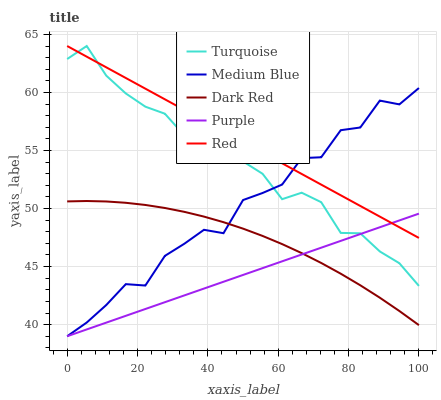
| xaxis_label | Turquoise | Medium Blue | Dark Red | Purple | Red |
 | --- | --- | --- | --- | --- | --- |
 | 0 | 62.9 | 39 | 50.6 | 39 | 64 |
 | 5.56 | 64 | 40.2 | 50.6 | 39.6 | 63.1 |
 | 11.1 | 61.4 | 41.7 | 50.6 | 40.2 | 62.2 |
 | 16.7 | 59.9 | 43.5 | 50.5 | 40.8 | 61.2 |
 | 22.2 | 58.8 | 43.4 | 50.3 | 41.3 | 60.3 |
 | 27.8 | 58.2 | 45.9 | 50 | 41.9 | 59.4 |
 | 33.3 | 56.3 | 47 | 49.7 | 42.5 | 58.5 |
 | 38.9 | 56.2 | 48.2 | 49.3 | 43.1 | 57.6 |
 | 44.4 | 55.1 | 47.9 | 48.8 | 43.7 | 56.7 |
 | 50 | 54.1 | 50.7 | 48.3 | 44.3 | 55.7 |
 | 55.6 | 53 | 51.3 | 47.6 | 44.9 | 54.8 |
 | 61.1 | 50.8 | 52.1 | 46.9 | 45.5 | 53.9 |
 | 66.7 | 51.4 | 54.3 | 46.2 | 46 | 53 |
 | 72.2 | 50.5 | 54.4 | 45.3 | 46.6 | 52.1 |
 | 77.8 | 47.9 | 56.7 | 44.4 | 47.2 | 51.1 |
 | 83.3 | 47.9 | 57 | 43.4 | 47.8 | 50.2 |
 | 88.9 | 46.3 | 59.3 | 42.3 | 48.4 | 49.3 |
 | 94.4 | 45.3 | 59 | 41.2 | 49 | 48.4 |
 | 100 | 43.3 | 60.4 | 40 | 49.6 | 47.5 |